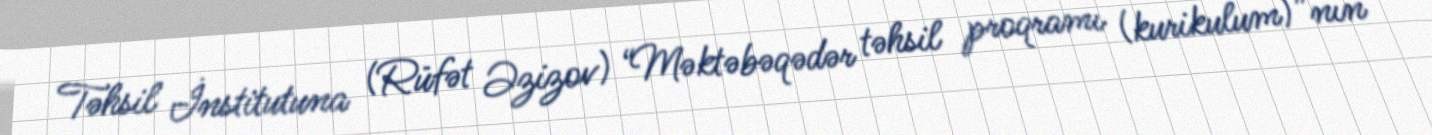
Təhsil İnstitutuna (Rüfət Əzizov) “Məktəbəqədər təhsil proqramı (kurikulum)”nın